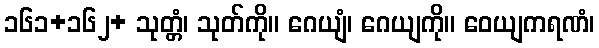
၁၆၁+၁၆၂+ သုတ္တံ၊ သုတ်ကို။ ဂေယျံ၊ ဂေယျကို။ ဝေယျကရဏံ၊